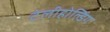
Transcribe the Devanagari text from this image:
टेलीहोल्डिंग